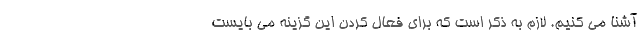
آشنا می کنیم. لازم به ذکر است که برای فعال کردن این گزینه می بایست